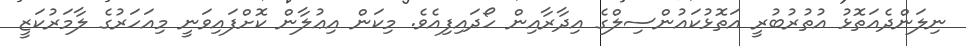
ނިލަންދެއަތޮޅު އުތުރުބުރީ އަތޮޅުކައުންސިލްގެ އިދާރާއިން ހޯދައިފިއެވެ. މިކަން އިޢުލާން ކޮށްފައިވަނީ މިއަހަރުގެ ލާމަރުކަޒީ